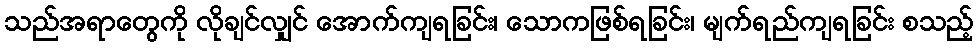
သည်အရာတွေကို လိုချင်လျှင် အောက်ကျရခြင်း၊ သောကဖြစ်ရခြင်း၊ မျက်ရည်ကျရခြင်း စသည့်